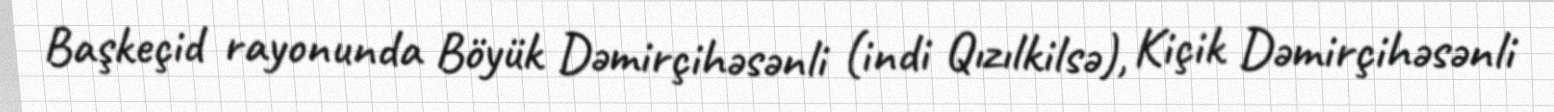
Başkeçid rayonunda Böyük Dəmirçihəsənli (indi Qızılkilsə), Kiçik Dəmirçihəsənli